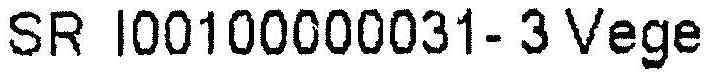
SR I00100000031- 3 VEGE